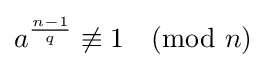
a^{\frac {n-1}{q}}\not \equiv 1{\pmod {n}}